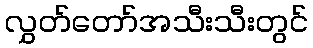
လွှတ်တော်အသီးသီးတွင်